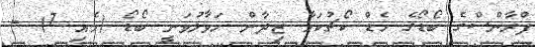
ފްރާންސްގެ ބޯޑޯގެ ހެޑް ކޯޗުކަމާ ޒިދާން ހަވާލުވަނީ ބޯޑޯ (މެއި 7) -